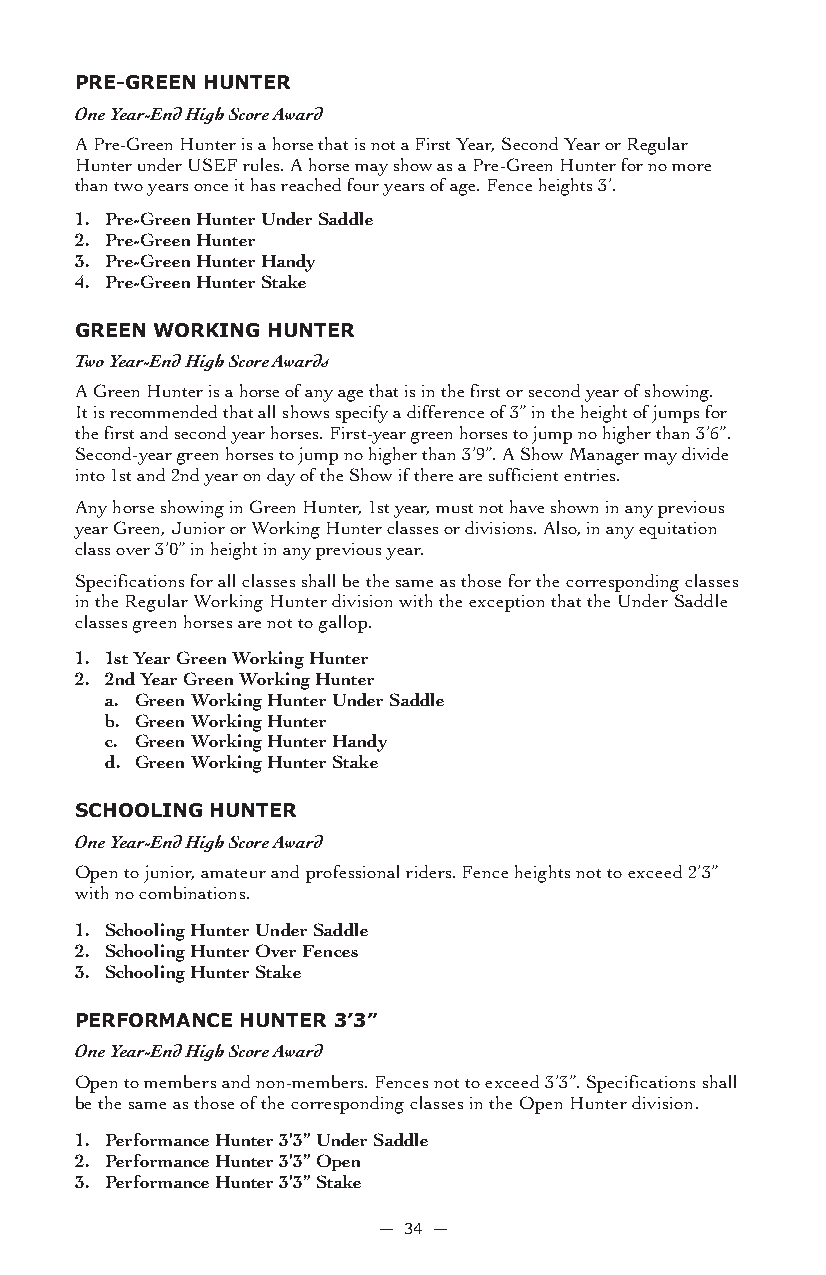
Pre-Green HUnTer
 One Year-End High Score Award
 A Pre-Green Hunter is a horse that is not a First Year, Second Year or Regular
 Hunter under USEF rules. A horse may show as a Pre-Green Hunter for no more
 than two years once it has reached four years of age. Fence heights 3’.
 1. Pre-Green Hunter Under Saddle
 2. Pre-Green Hunter
 3. Pre-Green Hunter Handy
 4. Pre-Green Hunter Stake
 Green WorKinG HUnTer
 Two Year-End High Score Awards
 A Green Hunter is a horse of any age that is in the first or second year of showing.
 It is recommended that all shows specify a difference of 3” in the height of jumps for
 the first and second year horses. First-year green horses to jump no higher than 3’6”.
 Second-year green horses to jump no higher than 3’9”. A Show Manager may divide
 into 1st and 2nd year on day of the Show if there are sufficient entries.
 Any horse showing in Green Hunter, 1st year, must not have shown in any previous
 year Green, Junior or Working Hunter classes or divisions. Also, in any equitation
 class over 3’0” in height in any previous year.
 Specifications for all classes shall be the same as those for the corresponding classes
 in the Regular Working Hunter division with the exception that the Under Saddle
 classes green horses are not to gallop.
 1. 1st Year Green Working Hunter
 2. 2nd Year Green Working Hunter
 a. Green Working Hunter Under Saddle
 b. Green Working Hunter
 c. Green Working Hunter Handy
 d. Green Working Hunter Stake
 sCHooLinG HUnTer
 One Year-End High Score Award
 Open to junior, amateur and professional riders. Fence heights not to exceed 2’3”
 with no combinations.
 1. Schooling Hunter Under Saddle
 2. Schooling Hunter Over Fences
 3. Schooling Hunter Stake
 PerforManCe HUnTer 3’3”
 One Year-End High Score Award
 Open to members and non-members. Fences not to exceed 3’3”. Specifications shall
 be the same as those of the corresponding classes in the Open Hunter division.
 1. Performance Hunter 3’3” Under Saddle
 2. Performance Hunter 3’3” Open
 3. Performance Hunter 3’3” Stake
 — 34 —